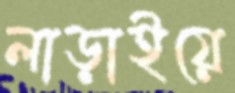
লাড়াইয়ে